Vaccination in Bombay 1913-1923 - 1913-1923
Year: 1913
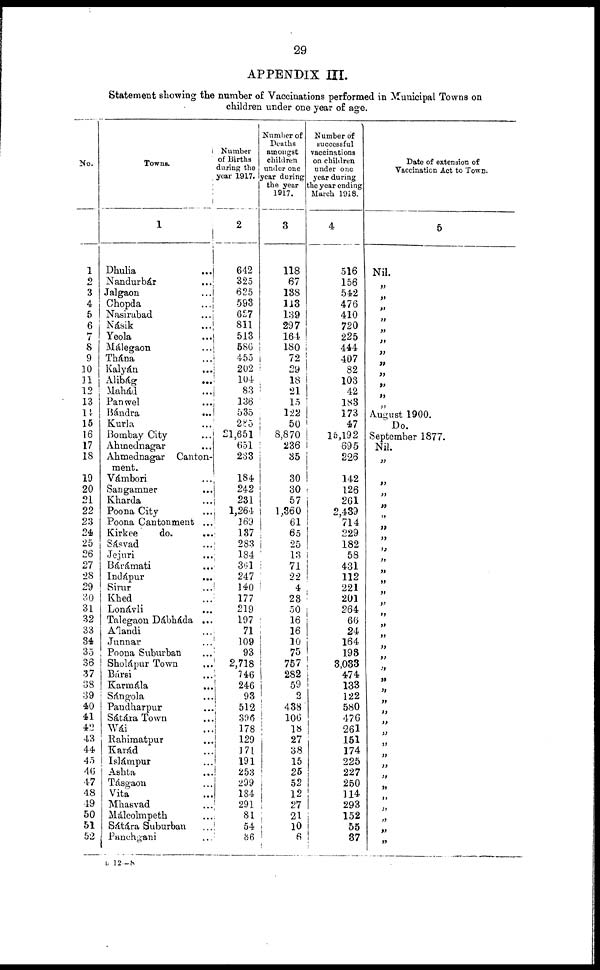
29
APPENDIX III.
Statement showing the number of Vaccinations performed in Municipal Towns on
children under one year of age.
No.
1
2
3
4
5
6
7
8
9
10
11
12
13
14
15
16
17
18
19
20
21
22
23
24
25
26
27
28
29
30
31
32
33
34
35
36
37
38
39
40
41
42
43
44
45
46
47
48
19
50
51
52
Towns.
1
Dhulia ...
Nandurbár ...
Jalgaon ...
Chopda
...
Nasirabad ...
Násik
...
Yeola ...
Málegaon ...
Thána ...
Kalyán ...
Alibág
...
Mahád ...
Panwel ...
Bándra ...
Kurla ...
Bombay City ...
Ahmednagar ...
Ahmednagar Canton-
ment.
Vámbori ...
Sangamner ...
Kharda ...
Poona City ...
Poona Cantonment ...
Kirkee
do.
...
Sásvad ...
Jejuri ...
Bárámati ...
Indápur
...
Sirur ...
Khed ...
Lonávli ...
Talegaon Dábháda ...
Alandi ...
Junnar ...
Poona Suburban ...
Sholápur Town ...
Bársi ...
Karmála ...
Sángola ...
Paudharpur ...
Sátára Town ...
Wái ...
Rahimatpur ...
Karád ...
Islámpur ...
Ashta ...
Tásgaon
Vita ...
Mhasvad ...
Málcolmpeth ...
Sátára Suburban ...
Panchgani ...
Number
of Births
during the
year 1917.
2
642
325
625
593
627
811
513
586
455
202
104
83
136
535
285
21,651
651
233
184
242
231
1,264
169
187
283
184
361
247
140
177
219
197
71
109
93
2,718
746
246
93
512
396
178
129
171
191
253
299
184
391
81
54
36
Number of
Deaths
amongst
children
under one
year during
the year
1917.
3
118
67
138
113
139
297
164
180
72
29
18
21
15
122
50
8,870
236
35
30
30
57
1,360
61
65
25
13
71
22
4
23
50
16
16
10
75
757
282
59
2
438
106
18
27
1
38
15
25
52
12
27
21
10
6
Number of
successful
vaccinations
on children
under one
year during
the year ending
March 1918.
4
516
156
542
476
410
720
225
444
407
82
103
42
183
173
47
16,192
695
226
142
126
261
2,439
714
229
182
58
431
112
221
201
264
66
24
164
198
3,033
474
133
122
580
476
261
151
174
225
227
250
114
293
152
55
37
Date of extension of
Vaccination Act to Town.
5
Nil.
„
„
„
„
„
„
„
„
„
„
„
„
August 1900.
Do.
September 1877.
Nil.
„
„
„
„
„
„
„
„
„
„
„
„
„
„
„
„
„
„
„
„
„
„
„
„
„
„
„
„
„
„
„
„
„
„
„
L 12—8